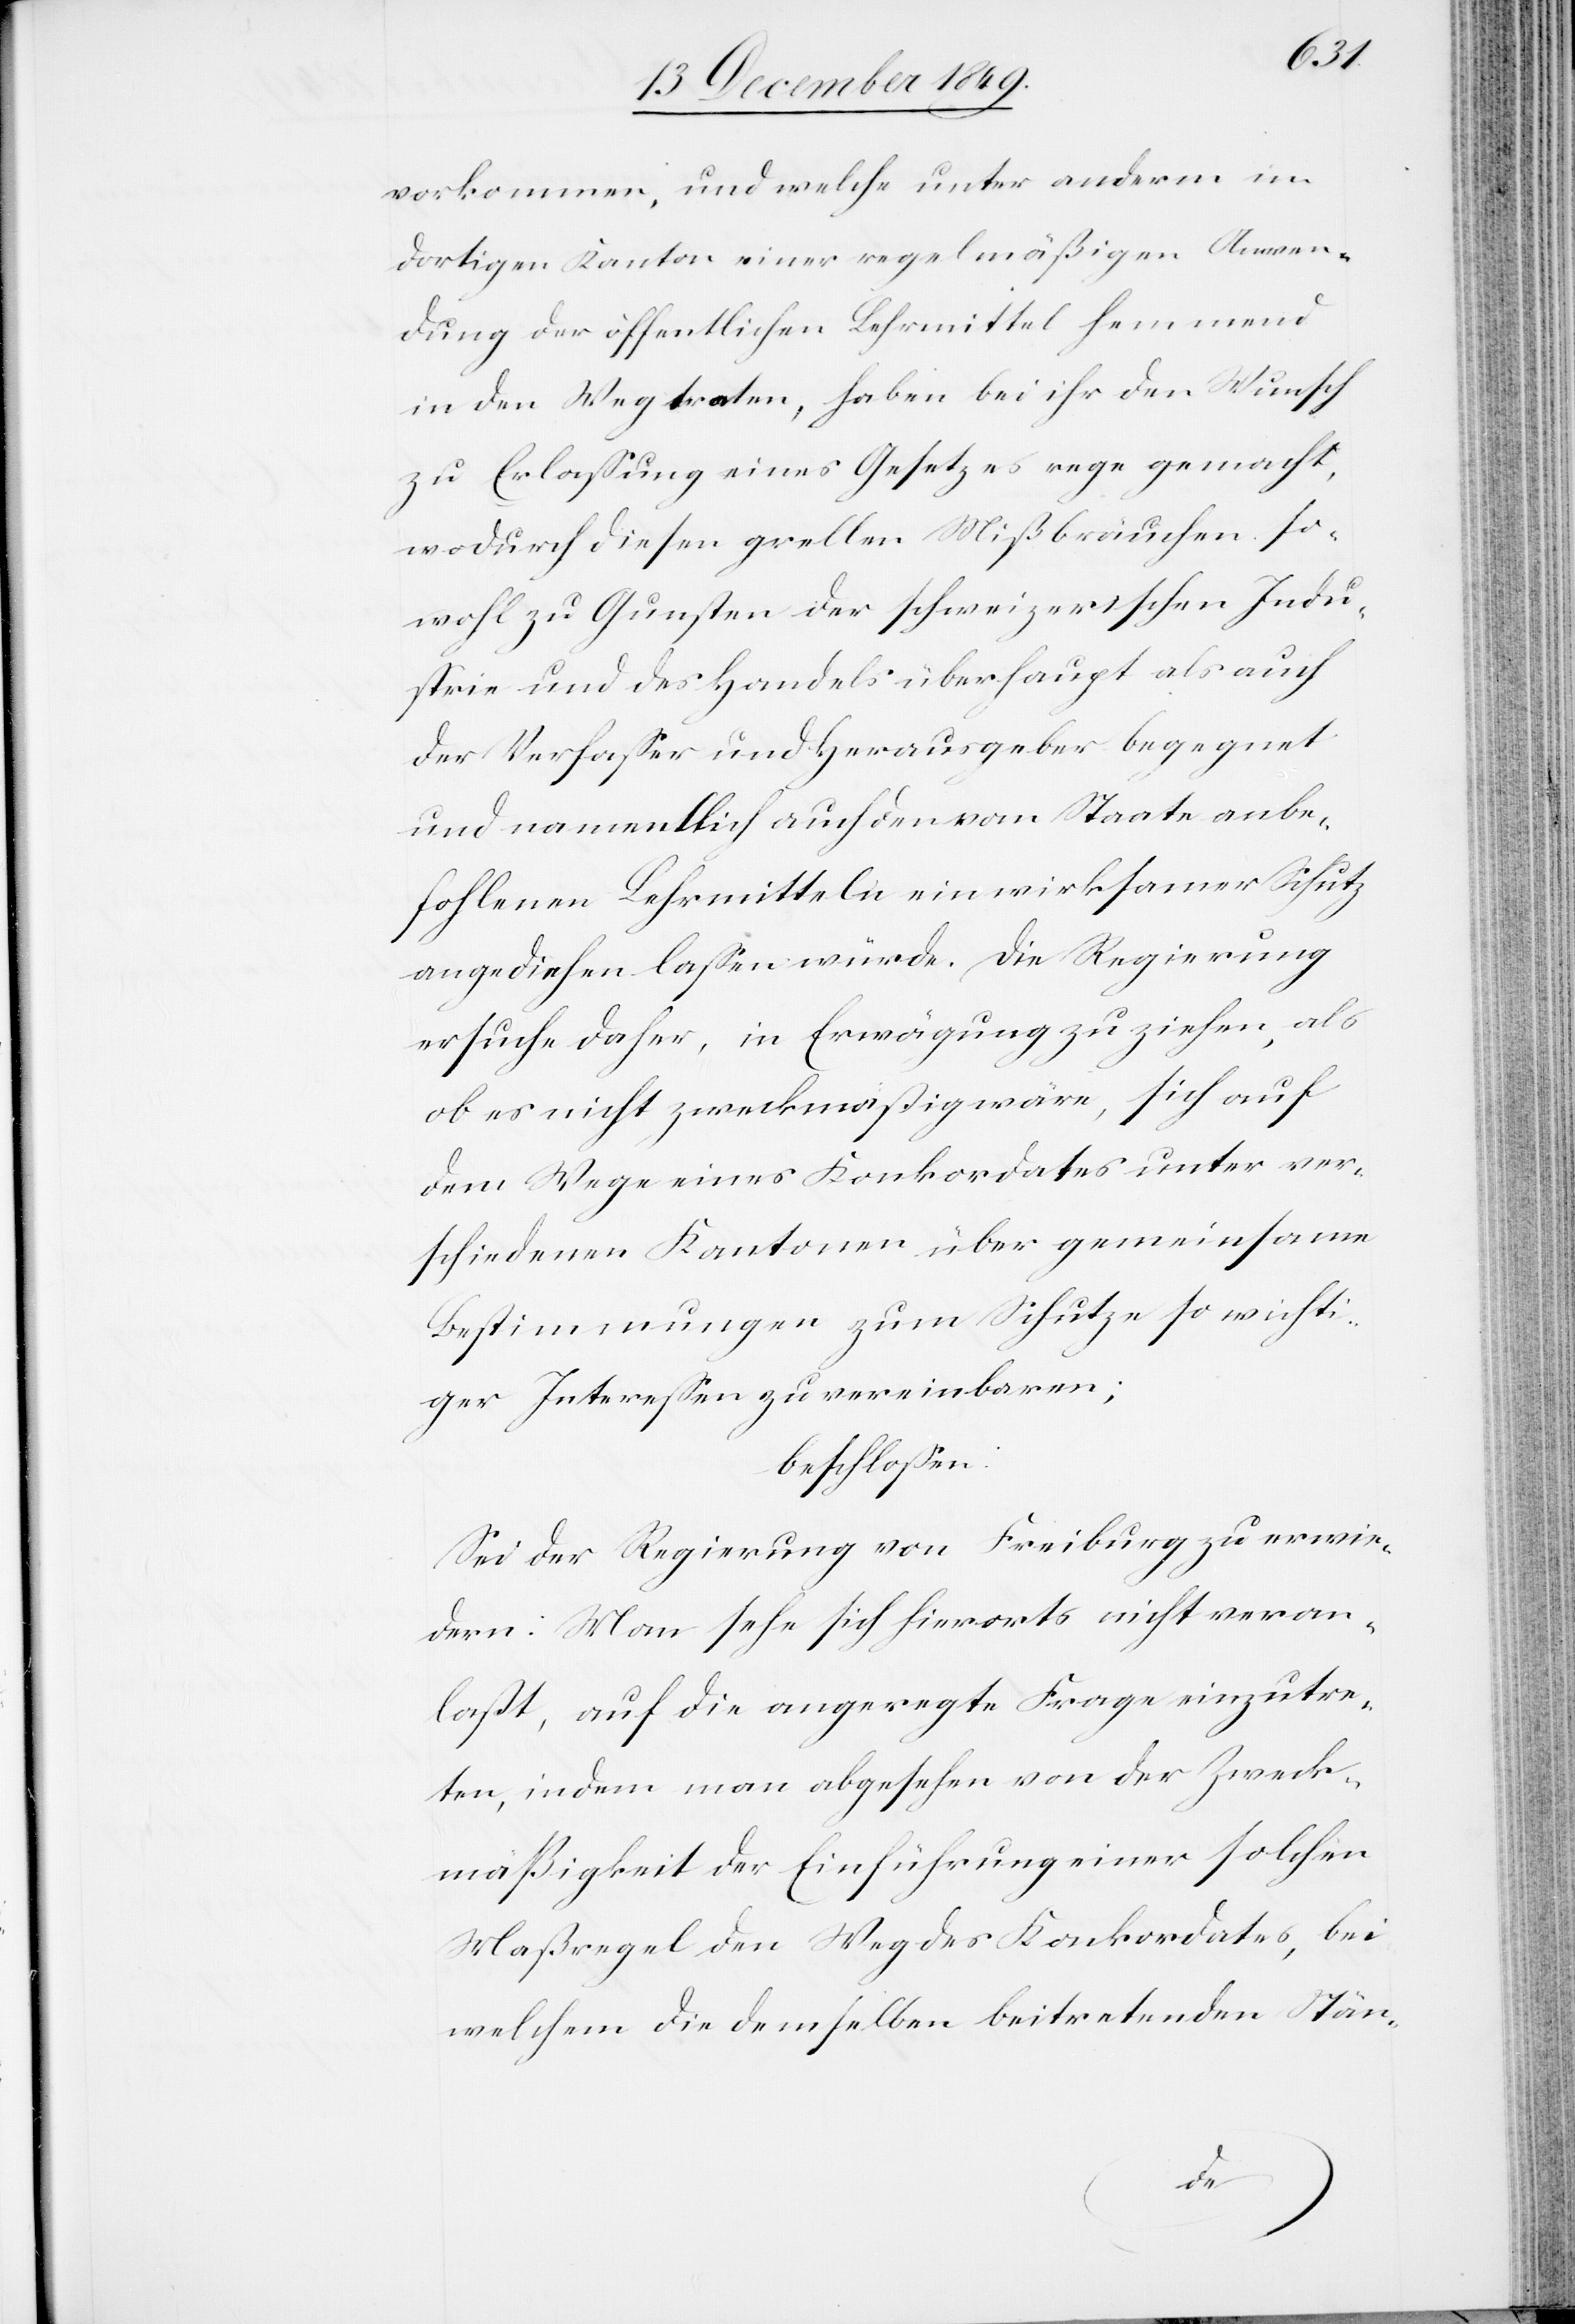
vorkommen, und welche unter anderm im
dortigen Kanton einer regelmäßigen Anwen¬
dung der öffentlichen Lehrmittel hemmend
in den Weg traten, haben bei ihr den Wunsch
zu Erlaßung eines Gesetzes rege gemacht,
wodurch diesen grellen Mißbräuchen so¬
wohl zu Gunsten der schweizerischen Indu¬
strie und des Handels überhaupt als auch
der Verfaßer und Herausgeber begegnet
und namentlich auch den vom Staate anbe¬
fohlenen Lehrmitteln ein wirksamer Schutz
angediehen [sic!] laßen würde. Die Regierung
ersuche daher, in Erwägung zu ziehen, als
ob es nicht zweckmäßig wäre, sich auf
dem Wege eines Konkordates unter ver¬
schiedenen Kantonen über gemeinsame
Bestimmungen zum Schutze so wichti¬
ger Intereßen zu vereinbaren;
beschloßen:
Sei der Regierung von Freiburg zu erwie¬
dern: Man sehe sich hierorts nicht veran¬
laßt, auf die angeregte Frage einzutre¬
ten, indem man abgesehen von der Zweck¬
mäßigkeit der Einführung einer solchen
Maßregel den Weg des Konkordates, bei
welchem die demselben beitretenden Stän-